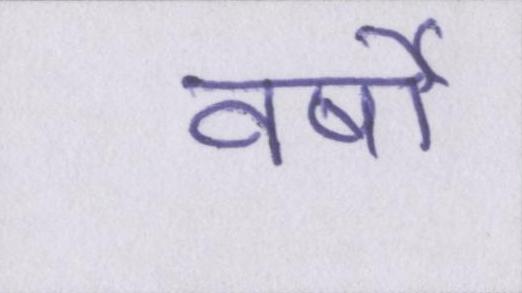
वर्षो